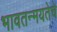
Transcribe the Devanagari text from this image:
भावतन्मयतेचे